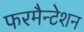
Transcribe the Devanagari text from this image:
फरमैन्टेशन